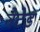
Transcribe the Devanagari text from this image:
नेटेड